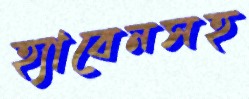
হ্যাবেনসহ